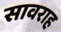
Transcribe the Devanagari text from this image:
सावराह